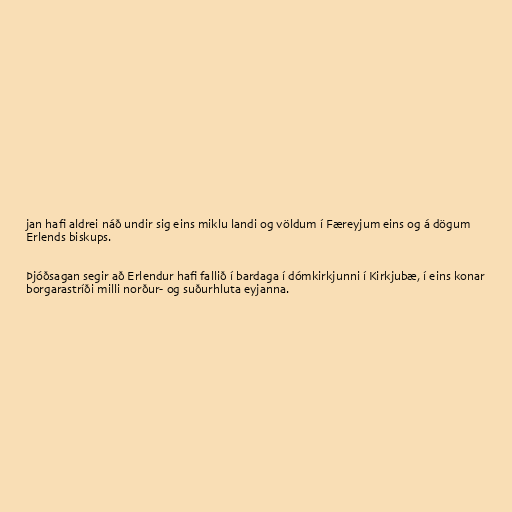
jan hafi aldrei náð undir sig eins miklu landi og völdum í Færeyjum eins og á dögum
Erlends biskups.

Þjóðsagan segir að Erlendur hafi fallið í bardaga í dómkirkjunni í Kirkjubæ, í eins konar
borgarastríði milli norður- og suðurhluta eyjanna.